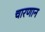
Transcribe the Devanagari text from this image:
चारणान